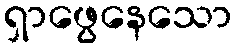
ရှာဖွေနေသော